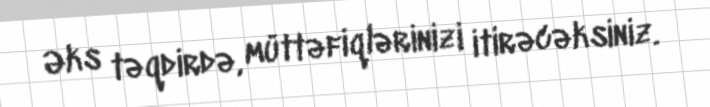
Əks təqdirdə, müttəfiqlərinizi itirəcəksiniz.